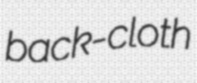
back-cloth